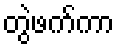
တွဲဖက်ကာ